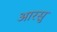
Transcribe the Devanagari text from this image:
आरसु